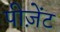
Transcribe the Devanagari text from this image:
पीज़ेंट